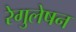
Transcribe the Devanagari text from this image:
रेगुलेषन